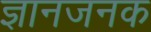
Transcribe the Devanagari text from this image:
ज्ञानजनक